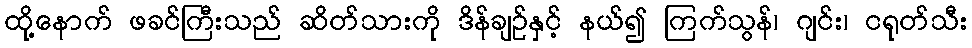
ထို့နောက် ဖခင်ကြီးသည် ဆိတ်သားကို ဒိန်ချဉ်နှင့် နယ်၍ ကြက်သွန်၊ ဂျင်း၊ ငရုတ်သီး